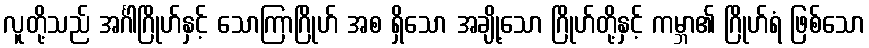
လူတို့သည် အင်္ဂါဂြိုဟ်နှင့် သောကြာဂြိုဟ် အစ ရှိသော အချို့သော ဂြိုဟ်တို့နှင့် ကမ္ဘာ၏ ဂြိုဟ်ရံ ဖြစ်သော